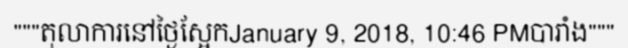
"""តុលាការនៅថ្ងៃស្អែកJanuary 9, 2018, 10:46 PMបារាំង"""